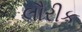
લૌરીક